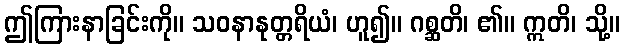
ဤကြားနာခြင်းကို။ သဝနာနုတ္တရိယံ၊ ဟူ၍။ ဂစ္ဆတိ၊ ၏။ ဣတိ၊ သို့။